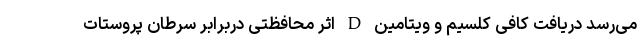
می‌رسد دریافت کافی کلسیم و ویتامین D اثر محافظتی دربرابر سرطان پروستات